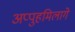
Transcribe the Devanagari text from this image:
अप्पुहमिलागे